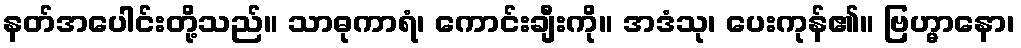
နတ်အပေါင်းတို့သည်။ သာဓုကာရံ၊ ကောင်းချီးကို။ အဒံသု၊ ပေးကုန်၏။ ဗြဟ္မာနော၊